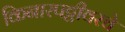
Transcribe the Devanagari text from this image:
किनारपट्टीवरचे